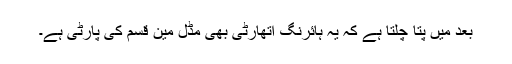
بعد میں پتا چلتا ہے کہ یہ ہائرنگ اتھارٹی بھی مڈل مین قسم کی پارٹی ہے۔